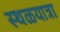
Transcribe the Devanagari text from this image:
स्थळयात्रा